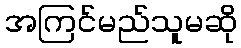
အကြင်မည်သူမဆို